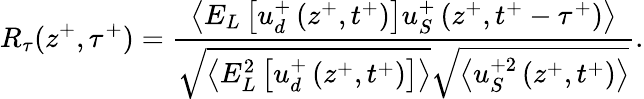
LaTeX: R_{\tau}(z^{+},\tau^{+})=\frac{\left<E_{L}\left[u_{d}^{+}\left(z^{+},t^{+}\right)\right]u_{S}^{+}\left(z^{+},t^{+}-\tau^{+}\right)\right>}{\sqrt{\left<E_{L}^{2}\left[u_{d}^{+}\left(z^{+},t^{+}\right)\right]\right>}\sqrt{\left<u_{S}^{+2}\left(z^{+},t^{+}\right)\right>}}.